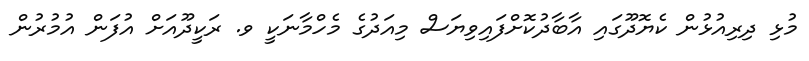
މުޅި ދިރިއުޅުން ކެޔޮދޫގައި އާބާދުކޮށްފައިވިޔަސް މިއަދުގެ މެހްމާނަކީ ވ. ރަކީދޫއަށް އުފަން އުމުރުން